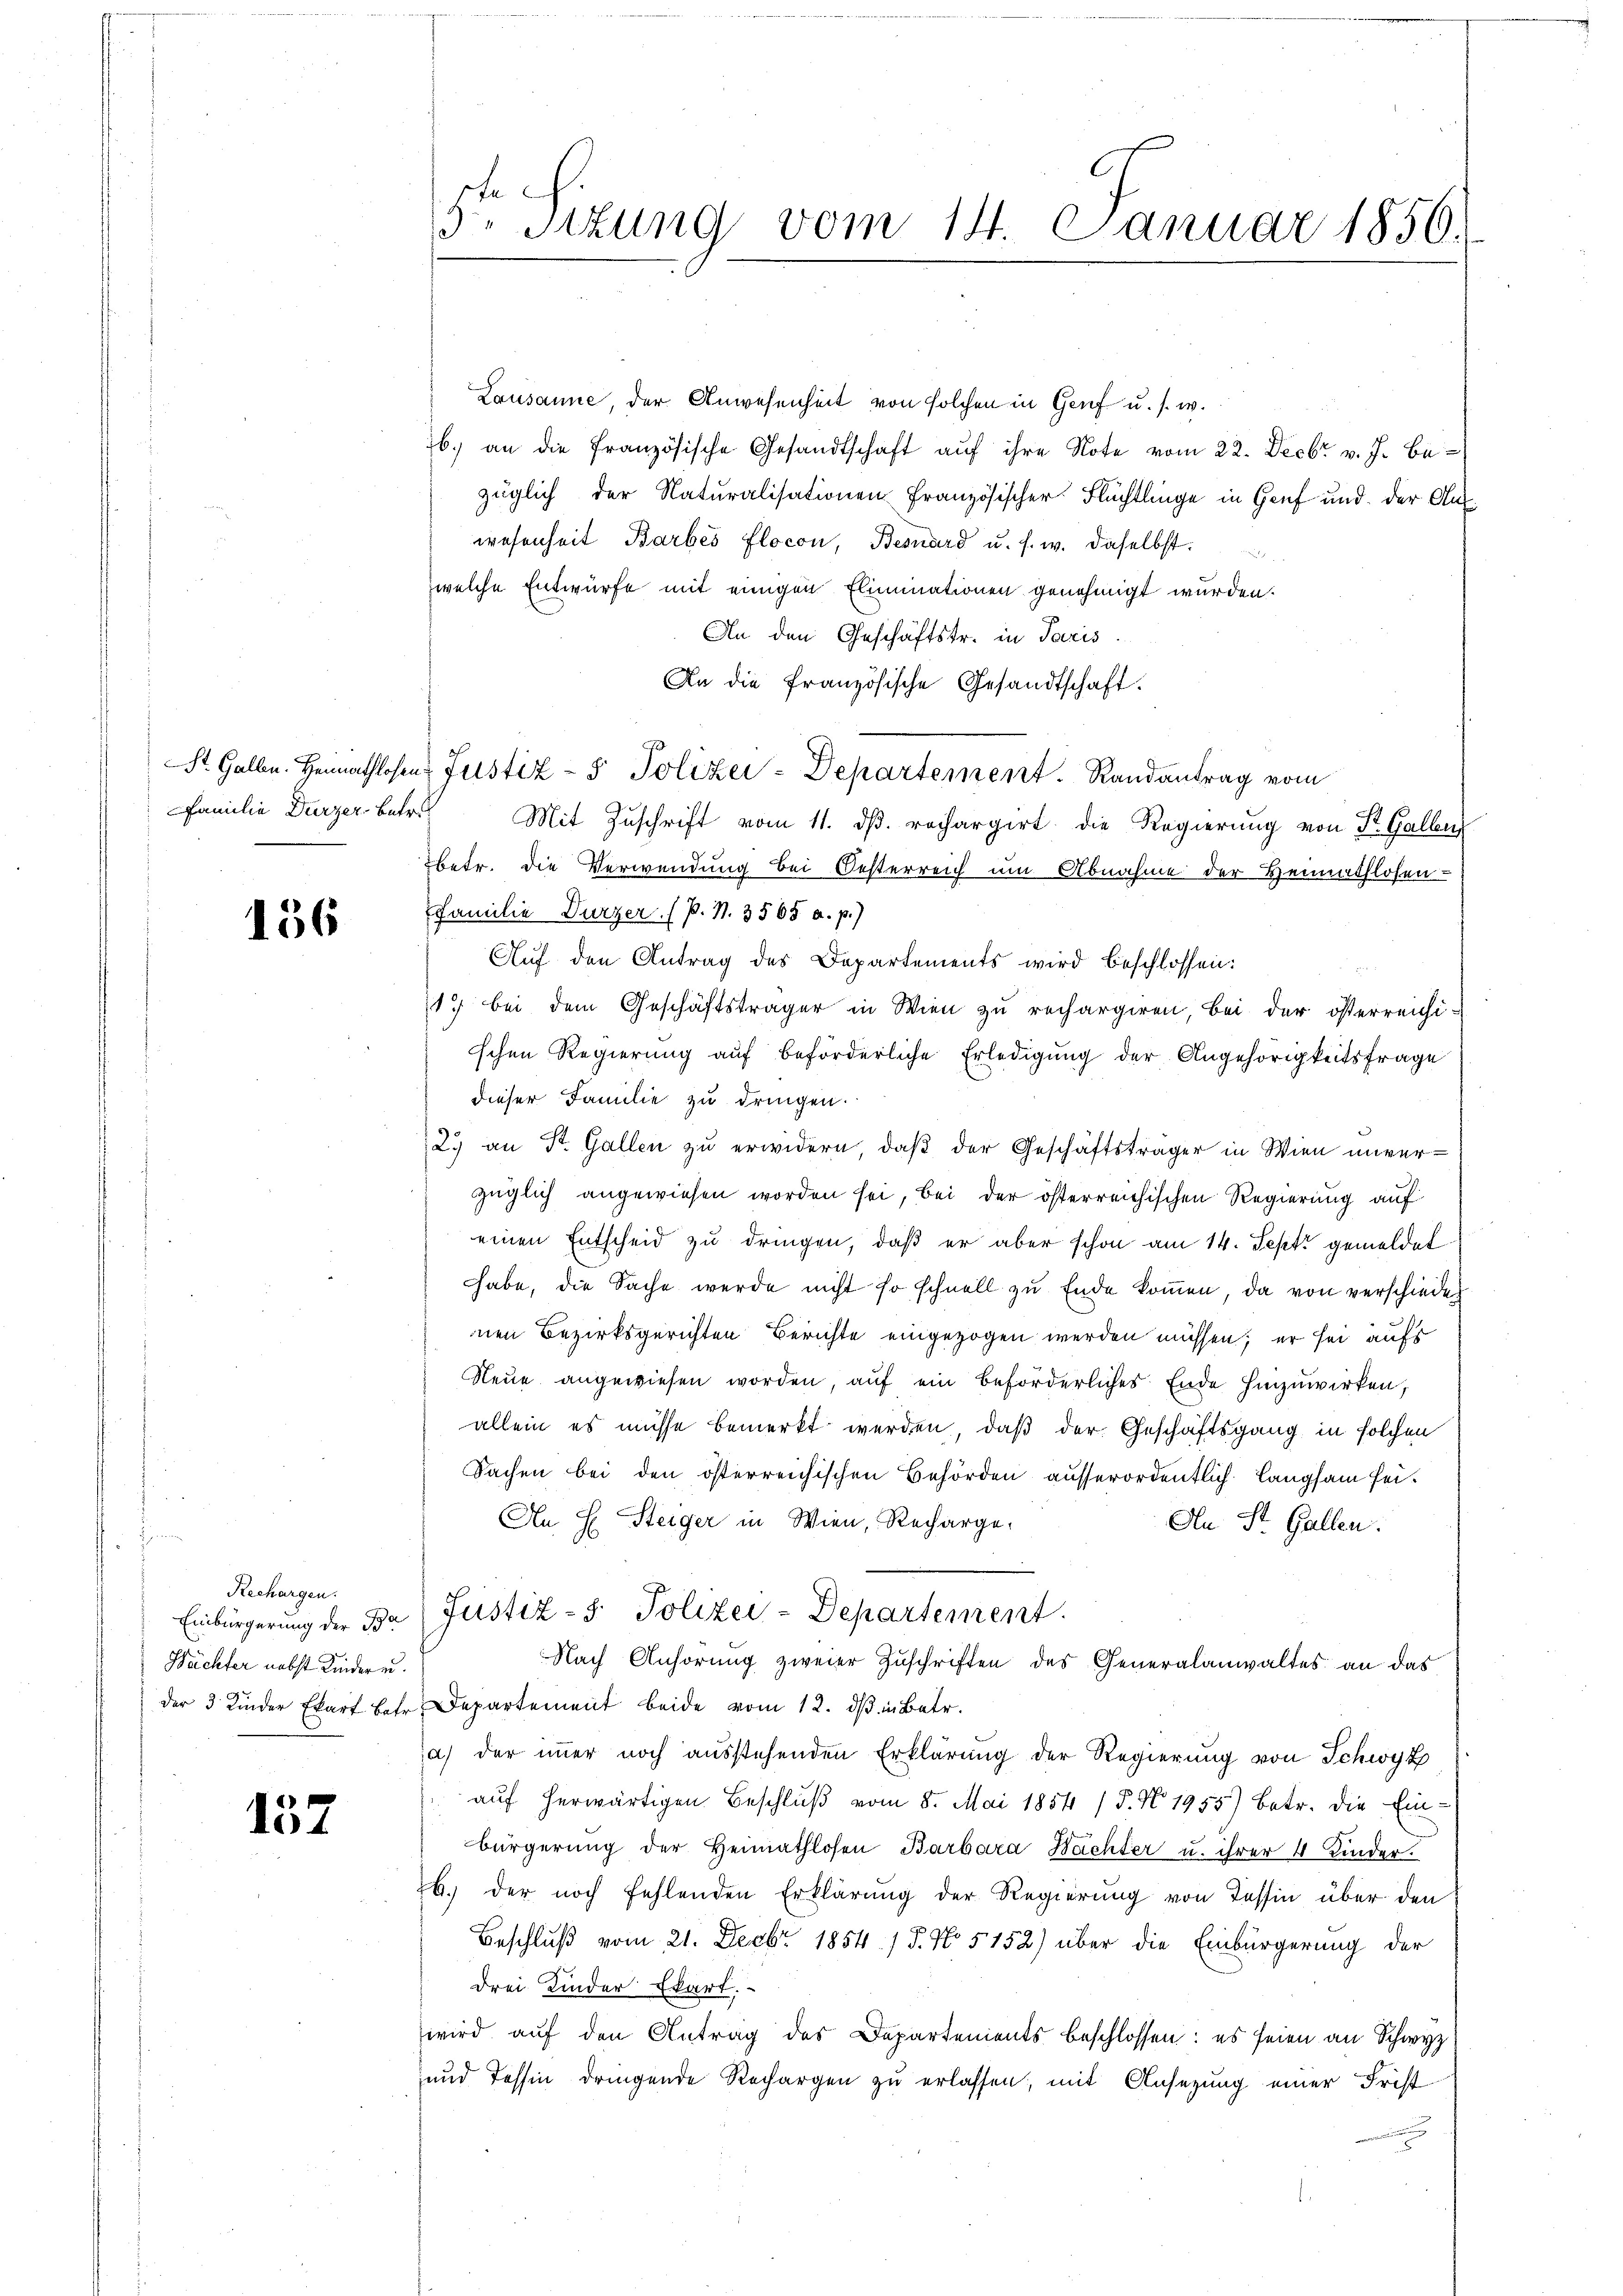
Familie Durzer betr.

136

Rechargen.
Hüchter nebst Kindern.

157

3 Sitzung vom 14. Januar 1856.

Lausanne, der Anwesenheit von solchen in Genf u. s. w.
b. an die französische Gesandtschaft aŭf ihre Note vom 22. Decbr v. J. bezüglich der Naturalisationen französischer Flüchtlinge in Genf und der Auswesenheit Barbes flocon, Besuard u. s. w. daselbst.
welche Entwürfe mit einigen Eliminationen genehmigt wurden.
An den Geschäftsfr. in Paris
An die französische Gesandtschaft.
Mit Zuschrift vom 11. dβ. rechargirt die Regierung von St. Gallen
betr. die Verwendung bei Oesterreich um Abnahme der Heimathlosen-
Familie Durzer. (s. S. 3565 a. p.)
Auf den Antrag des Departements wird beschlossen:
17 bei dem Geschäftsträger in Wien zu rechargiren, bei der österreichi-
schen Regierung auf beförderliche Erledigung der Angehörigkeitsfrage
dieser Familie zu dringen.
2.) an St. Gallen zu erwidern, daß der Geschäftsträger in Wien unverzüglich angewiesen worden sei, bei der österreichischen Regierung auf
einen Entscheid zu dringen, daß er aber schon am 14. Sept gemeldet
habe, die Sache werde nicht so schnell zu Ende kommen, da von verschieden
nen Bezirksgerichten Berichte eingezogen werden müssen; er sei aufs
Neue angewiesen worden, auf ein beförderliches Ende hinzuwirken,
allein es müsse bemerkt werden, daß der Geschäftsgang in solchen
Sachen bei den österreichischen Behörden ausserordentlich Langsam sei¬
An E. Steiger in Wien, Recharge-
An St. Gallen.
Einbürgerung der Dr Justiz-S. Polizei-Departement.
Nach Anhörung zweier Zuschriften des Generalanwaltes an das
der 3 Kinder Ekart betr. Departement beide vom 12. dβ in Betr.
a) der immer noch ausstehenden Erklärung der Regierung von Schwyz
auf herwärtigen Beschluß vom 8. Mai 1854 / 5. No. 1955) betr. die Ein-
bürgerŭng der Heimathlosen Barbara Nachter u. ihrer 4 Kinder.
b. der noch fehlenden Erklärung der Regierung von Tessin über den
Beschluß vom 21. Decbr 1854 / 5. No 5152) über die Einbürgerung der
drei Kinder Ekart.
wird auf den Antrag des Departements beschlossen: es seien an Schwyz
und Tessin dringende Rechargen zu erlassen; mit Ansezung einer Frist

St. Galle. Heimathlosen Justiz- & Polizei-Departement. Randantrag vom